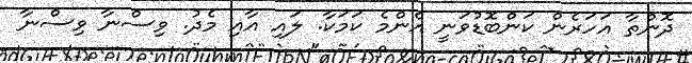
ދޮންތާ އަހަރެން ކަންބޮޑުވަނީ އެންމެ ކަމަކާ. ލައި އާއި މެދު. ވިސްނާ ވިސްނާ